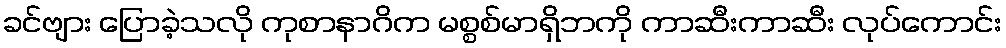
ခင်ဗျား ပြောခဲ့သလို ကုစာနာဂိက မစ္စစ်မာရှိဘကို ကာဆီးကာဆီး လုပ်ကောင်း